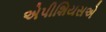
એપીશિયસએ